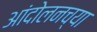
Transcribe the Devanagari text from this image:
आंदोलनच्या